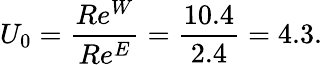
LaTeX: U_{0}=\frac{Re^{W}}{Re^{E}}=\frac{10.4}{2.4}=4.3.